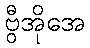
ဗွီအိုအေ